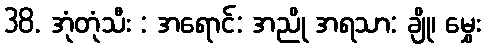
38. အုံတုံသီး : အရောင်: အညို အရသာ: ချို၊ မွှေး